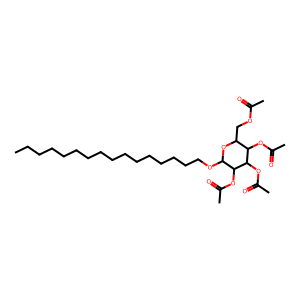
SMILES: CCCCCCCCCCCCCCCCOC1OC(COC(C)=O)C(OC(C)=O)C(OC(C)=O)C1OC(C)=O
Inhibits HIV replication: No